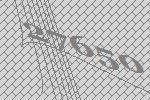
27650